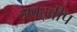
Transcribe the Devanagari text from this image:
नवद्बीप